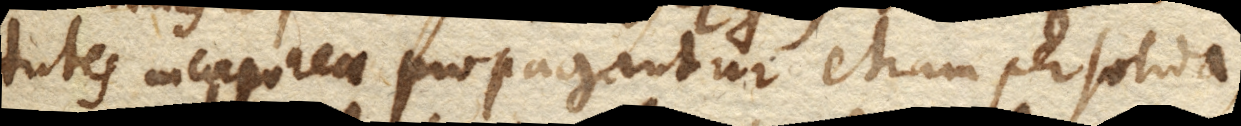
tutes incorporeae propagantur etiam per solida,